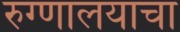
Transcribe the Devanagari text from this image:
रुग्णालयाचा